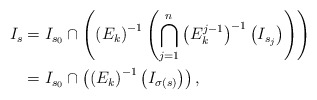
\begin{align*}I _s &= I_{s_0} \cap \left( \left( E_k\right) ^{-1} \left( \bigcap _{j=1} ^n \left( E_k^{j-1} \right) ^{-1} \left(I _{s_j} \right) \right) \right) \\&= I _{s_0} \cap \left( \left( E_k \right) ^{-1} \left( I _{\sigma (s)} \right) \right) ,\end{align*}